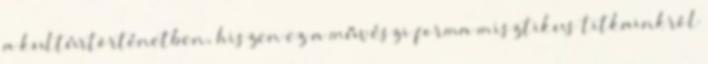
a kultúrtörténetben, hiszen ez a művészi forma misztikus titkainkról